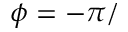
\phi = - \pi /